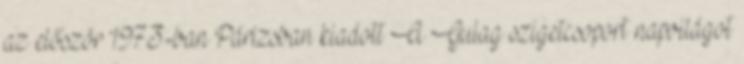
az először 1973-ban Párizsban kiadott A Gulag szigetcsoport napvilágot